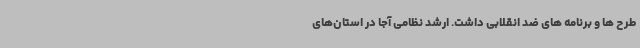
طرح ها و برنامه های ضد انقلابی داشت. ارشد نظامی آجا در استان‌های